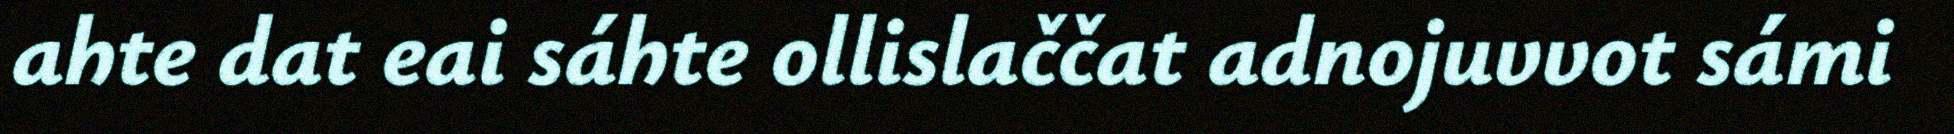
ahte dat eai sáhte ollislaččat adnojuvvot sámi